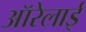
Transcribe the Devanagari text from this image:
ऑरेलाई